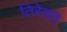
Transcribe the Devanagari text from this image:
तिरेसठ